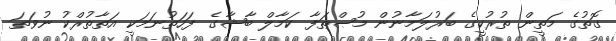
ގޮތުގެ މަތީން ތުރުކީގެ ބަރުލަމާނުން މުޞްޠަފާ ކަމާލް ބާޝާގެ ފަހަތުނަމަކީ އަތާތުރްކު ނުވަތަ